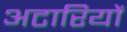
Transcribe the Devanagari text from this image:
अटारियों